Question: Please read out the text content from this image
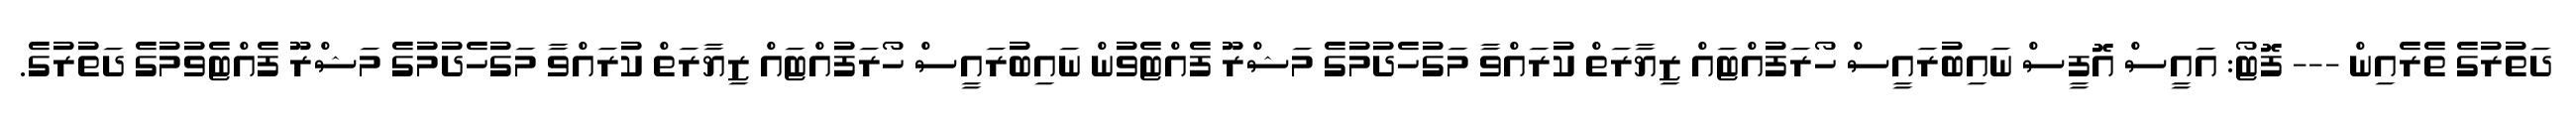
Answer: ދަތުރުގެ ތެރެއިން --- ފޮޓޯ: އައީސް އޮފީސް ނައިބުރައީސް ހޯރަފުއްޓައް ޒިޔާރަތް ކުރައްވާ މަގުހެދުމުގެ މަޝްރޫ ފެއްޓެވުން ނައިބުރައީސް ހޯރަފުއްޓައް ޒިޔާރަތް ކުރައްވާ މަގުހެދުމުގެ މަޝްރޫ ފެއްޓެވުމުގެ ދަތުރުގެ.